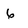
Character: 6